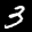
Label: 3